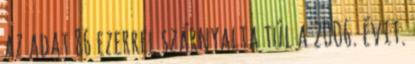
az adat 86 ezerrel szárnyalta túl a 2006. évit.